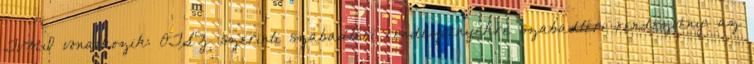
TvMI vonatkozik: OTSZ szerinti szabadtéri rendezvényekre szabadtéri rendezvény: az